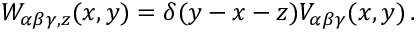
W _ { \alpha \beta \gamma , z } ( x , y ) = \delta ( y - x - z ) V _ { \alpha \beta \gamma } ( x , y ) \, .